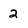
Character: 2